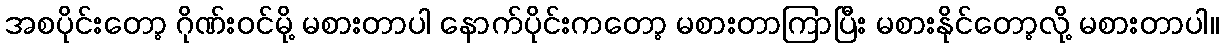
အစပိုင်းတော့ ဂိုဏ်းဝင်မို့ မစားတာပါ နောက်ပိုင်းကတော့ မစားတာကြာပြီး မစားနိုင်တော့လို့ မစားတာပါ။